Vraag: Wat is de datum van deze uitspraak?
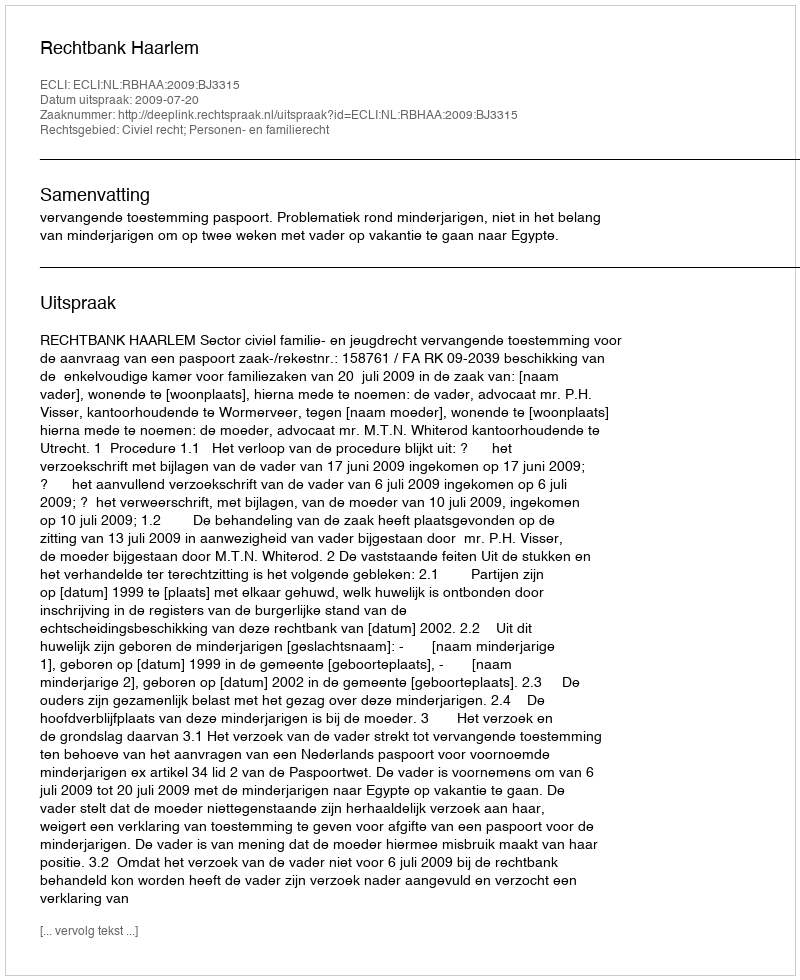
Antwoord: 2009-07-20